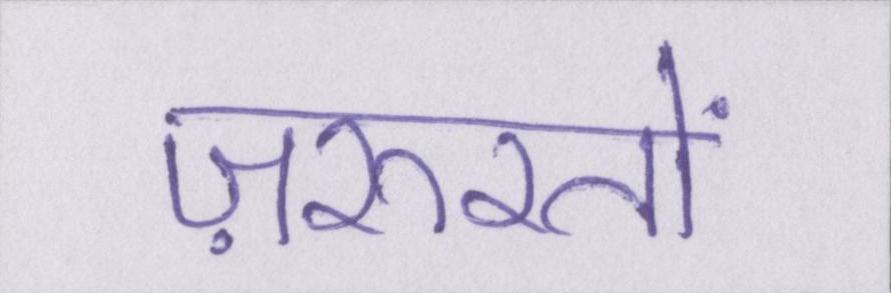
ज़रूरतों